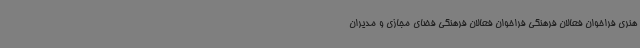
هنری فراخوان فعالان فرهنگی فراخوان فعالان فرهنگی فضای مجازی و مدیران